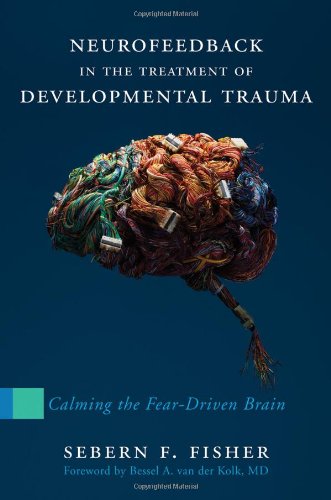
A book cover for Neurofeedback in the Treatment of Developmental Trauma: Calming the Fear-Driven Brain; Sebern F. Fisher; Medical Books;